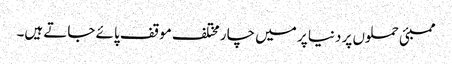
ممبئی حملوں پر دنیا پر میں چار مختلف موقف پائے جاتے ہیں۔